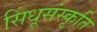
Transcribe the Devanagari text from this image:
सिंधूसंस्कृति